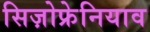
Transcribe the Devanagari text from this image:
सिज़ोफ्रेनियाव